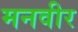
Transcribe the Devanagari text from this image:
मनवीर